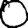
Digit: 0